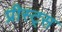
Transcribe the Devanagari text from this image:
प्रीस्ट्स